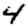
Digit: 4